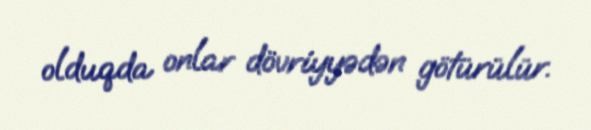
olduqda onlar dövriyyədən götürülür.